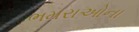
ભમરાઓના